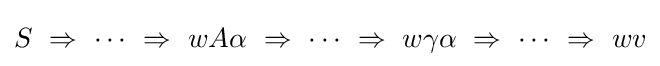
S\ \Rightarrow \ \cdots \ \Rightarrow \ wA\alpha \ \Rightarrow \ \cdots \ \Rightarrow \ w\gamma \alpha \ \Rightarrow \ \cdots \ \Rightarrow \ wv